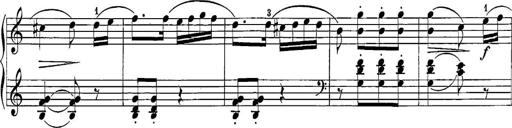
Title: 12 Sonatine per Pianoforte
Composer: Friedrich Kuhlau